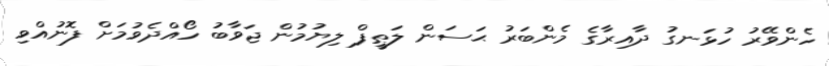
ހެންވޭރު ހުޅަނގު ދާއިރާގެ މެންބަރު ޙަސަން ލަޠީފް ލިޔުމުން ޖަވާބު ހޯއްދެވުމަށް ފޮނުއްވި